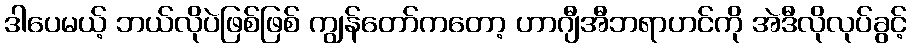
ဒါပေမယ့် ဘယ်လိုပဲဖြစ်ဖြစ် ကျွန်တော်ကတော့ ဟာဂျီအီဘရာဟင်ကို အဲဒီလိုလုပ်ခွင့်